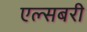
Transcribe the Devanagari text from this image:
एल्सबरी